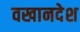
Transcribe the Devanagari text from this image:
वखानदेश